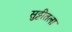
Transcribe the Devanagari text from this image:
सुट्टीतला